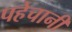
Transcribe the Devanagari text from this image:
पहेचानी